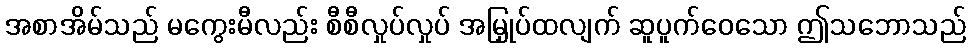
အစာအိမ်သည် မကွေးမီလည်း စီစီလှုပ်လှုပ် အမြှုပ်ထလျက် ဆူပူက်ဝေသော ဤသဘောသည်